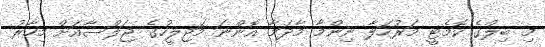
މި ބިލްގެ ކޮމެޓީ މަރުހަލާ ނިންމާ މާދަމާ އޮންނަ މަޖިލީހުގެ ޖަލްސާއަށް މިހާރު